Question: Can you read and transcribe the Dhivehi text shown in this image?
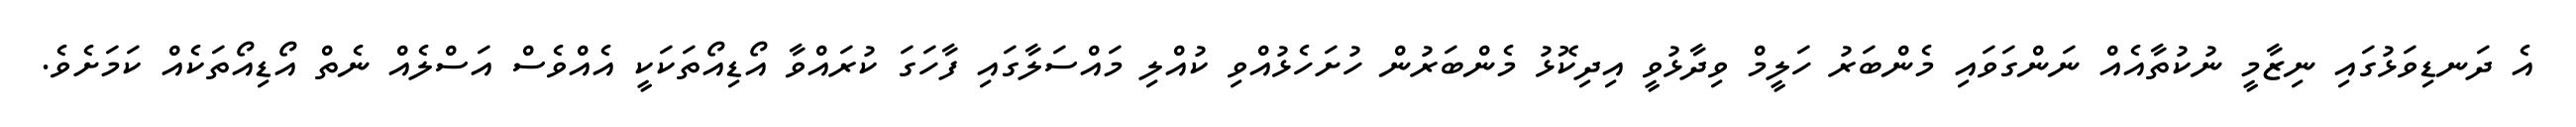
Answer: އެ ދަނޑިވަޅުގައި ނިޒާމީ ނުކުތާއެއް ނަންގަވައި މެންބަރު ހަލީމް ވިދާޅުވީ އިދިކޮޅު މެންބަރުން ހުށަހެޅުއްވި ކުއްލި މައްސަލާގައި ފާހަގަ ކުރައްވާ އޯޑިއޯތަކަކީ އެއްވެސް އަސްލެއް ނެތް އޯޑިއޯތަކެއް ކަމަށެވެ.